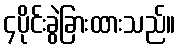
၄ပိုင်းခွဲခြားထားသည်။